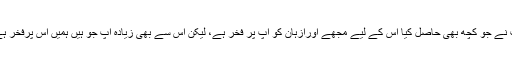
آپ نے جو کچھ بھی حاصل کیا اس کے لیے مجھے اورازہان کو آپ پر فخر ہے، لیکن اس سے بھی زیادہ آپ جو ہیں ہمیں اس پرفخر ہے۔